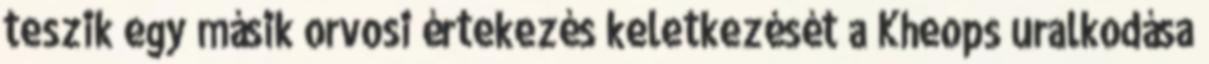
teszik egy másik orvosi értekezés keletkezését a Kheops uralkodása